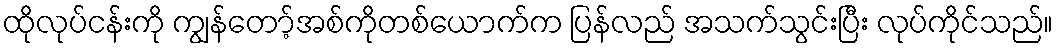
ထိုလုပ်ငန်းကို ကျွန်တော့်အစ်ကိုတစ်ယောက်က ပြန်လည် အသက်သွင်းပြီး လုပ်ကိုင်သည်။